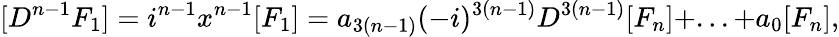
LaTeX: [D^{n-1}F_{1}]=i^{n-1}x^{n-1}[F_{1}]=a_{3(n-1)}(-i)^{3(n-1)}D^{3(n-1)}[F_{n}]+...+a_{0}[F_{n}],